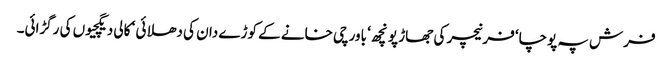
فرش پہ پوچا‘ فرنیچر کی جھاڑ پونچھ ‘ باورچی خانے کے کوڑے دان کی دھلائی ‘ کالی دیگچیوں کی رگڑائی۔